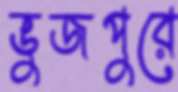
ভুজপুরে